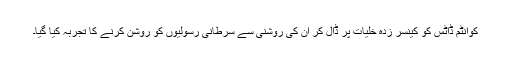
کوانٹم ڈاٹس کو کینسر زدہ خلیات پر ڈال کر ان کی روشنی سے سرطانی رسولیوں کو روشن کرنے کا تجربہ کیا گیا۔